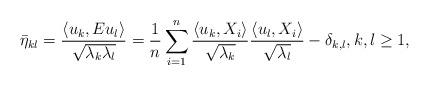
LaTeX: \begin{align*}\bar\eta_{kl}=\frac{\langle u_k, Eu_l\rangle}{\sqrt{\lambda_k\lambda_l}}=\frac{1}{n}\sum_{i=1}^n\frac{\langle u_k, X_i\rangle}{\sqrt{\lambda_k}}\frac{\langle u_l, X_i\rangle}{\sqrt{\lambda_l}}-\delta_{k,l}, k,l\geq 1,\end{align*}